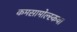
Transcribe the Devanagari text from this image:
कमसामोल्स्कया